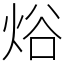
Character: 焀